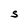
Character: S